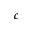
c